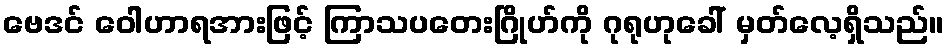
ဗေဒင် ဝေါဟာရအားဖြင့် ကြာသပတေးဂြိုဟ်ကို ဂုရုဟုခေါ် မှတ်လေ့ရှိသည်။